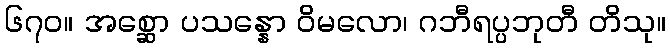
၆၇၀။ အစ္ဆော ပသန္နော ဝိမလော၊ ဂဘီရပ္ပဘုတီ တိသု။